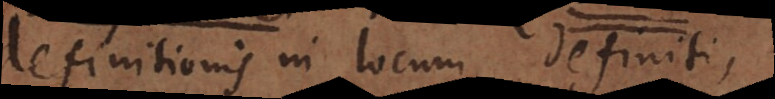
definitionis in locum definiti,